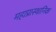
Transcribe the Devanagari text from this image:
महाप्रास्थानिक